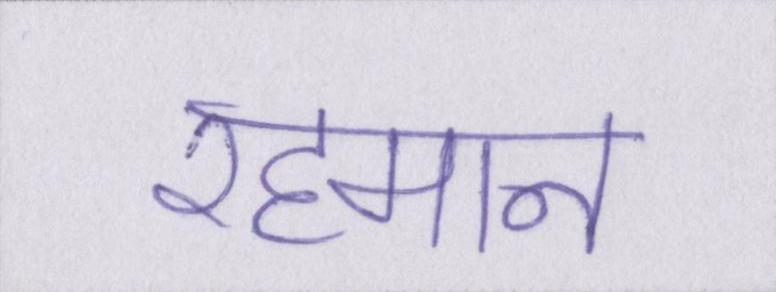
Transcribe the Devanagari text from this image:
रहमान